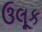
ઉલૂક